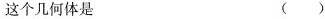
这个几何体是 ()